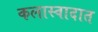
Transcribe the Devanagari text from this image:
कलास्वादात